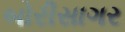
બોરીસાગર